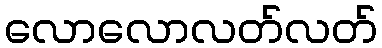
လောလောလတ်လတ်